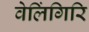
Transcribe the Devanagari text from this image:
वेलिंगिरि